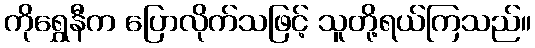
ကိုရွှေနီက ပြောလိုက်သဖြင့် သူတို့ရယ်ကြသည်။